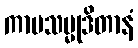
ကာမသမ္မုဒိတာနံ